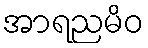
အာရညမိဝ